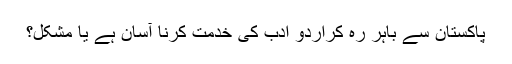
پاکستان سے باہر رہ کراُردو ادب کی خدمت کرنا آسان ہے یا مشکل؟